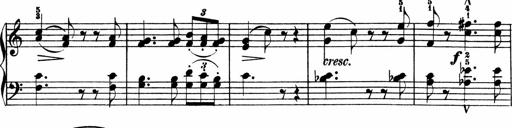
Title: 3 Sonatinen
Composer: Heinrich Lichner